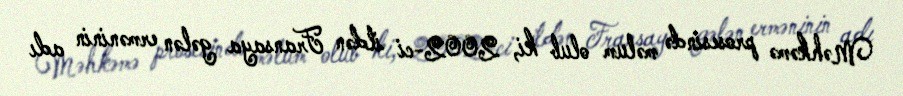
Məhkəmə prosesində məlum olub ki, 2002-ci ildən Fransaya gələn erməninin adı